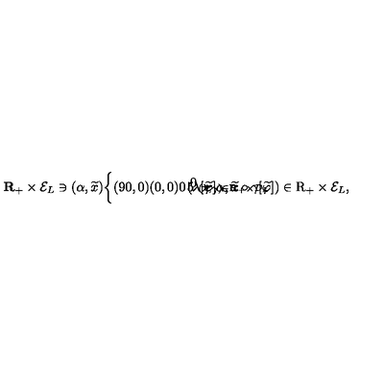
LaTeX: { \bf R } _ { + } \times { \cal E } _ { L } \ni ( \alpha , \widetilde { x } ) { \left\{ \begin{picture} { ( 9 0 , 0 ) ( 0 , 0 ) \put ( 5 , 3 ) { \vector ( 1 , 0 ) { 8 0 } } \put ( 1 5 , 1 0 ) { \scriptstyle ( \lambda , \gamma ) \in { \bf R } _ { + } \times { \cal D } _ { L } } } \\ \end{picture} \right. } ( \lambda [ \widetilde { \varphi } ] \alpha , \widetilde { x } \circ \gamma [ \widetilde { \varphi } ] ) \in \mathrm { \boldmath R } _ { + } \times { \cal E } _ { L } ,